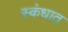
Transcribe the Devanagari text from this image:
स्कंधात